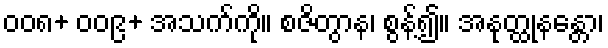
၀၀၈+ ၀၀၉+ အသက်ကို။ စဇိတွာန၊ စွန့်၍။ အနုတ္ထုနန္တော၊